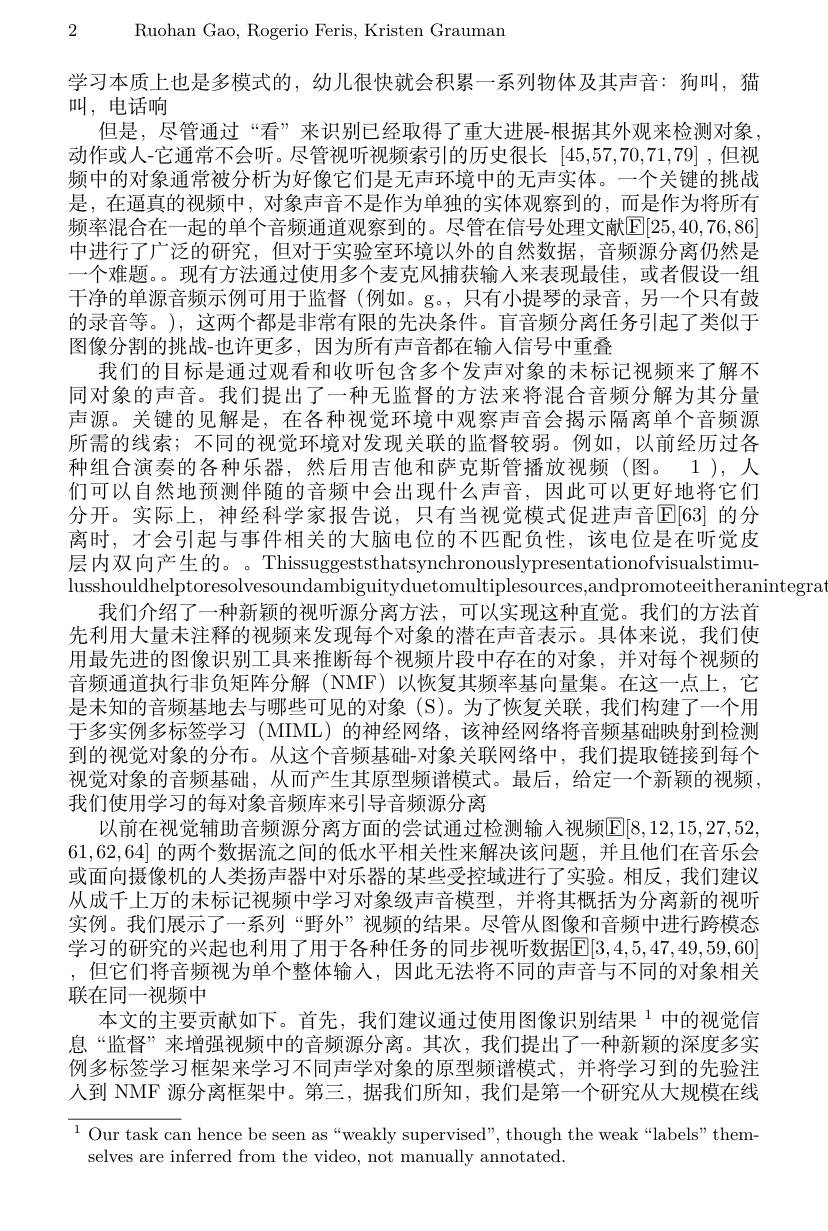
2 Ruohan Gao, Rogerio Feris, Kristen Grauman

学习本质上也是多模式的，幼儿很快就会积累一系列物体及其声音：狗叫，猫
叫，电话响
但是，尽管通过“看”来识别已经取得了重大进展-根据其外观来检测对象， 动作或人-它通常不会听。尽管视听视频索引的历史很长 [45,57,70,71,79] ,但视频中的对象通常被分析为好像它们是无声环境中的无声实体。一个关键的挑战是，在通真的视频中，对象声音不是作为单独的实体观察到的，而是作为将所有频率混合在一起的单个音频通道观察到的。尽管在信号处理文献[E[25,40,76,86]] 中进行了广泛的研究，但对于实验室环境以外的自然数据，音频源分离仍然是一个难题。现有方法通过使用多个麦克风捕获输入来表现最佳，或者假设一组干净的单源音频示例可用于监督(例如。g。,只有小提琴的录音，另一个只有鼓的录音等。), 这两个都是非常有限的先决条件。盲音频分离任务引起了类似于图像分割的挑战-也许更多，因为所有声音都在输人信号中重叠
我们的目标是通过观看和收听包含多个发声对象的未标记视频来了解不同对象的声音。我们提出了一种无监督的方法来将混合音频分解为其分量声源。关键的见解是，在各种视觉环境中观察声音会揭示隔离单个音频源所需的线索；不同的视觉环境对发现关联的监督较弱。例如，以前经历过各种组合演奏的各种乐器，然后用吉他和萨克斯管播放视频(图。1),人们可以自然地预测伴随的音频中会出现什么声音，因此可以更好地将它们分开。实际上，神经科学家报告说，只有当视觉模式促进声音[E[63] 的分离时，才会引起与事件相关的大脑电位的不匹配负性，该电位是在听觉皮层内双向产生的。。Thissuggeststhatsynchronouslypresentationofvisualstimulusshouldhelptoresolvesoundambiguityduetomultiplesources,andpromoteeitheranintegra
我们介绍了一种新颖的视听源分离方法，可以实现这种直觉。我们的方法首先利用大量未注释的视频来发现每个对象的潜在声音表示。具体来说，我们使用最先进的图像识别工具来推断每个视频片段中存在的对象，并对每个视频的音频通道执行非负矩阵分解(NMF)以恢复其频率基向量集。在这一点上，它是未知的音频基地去与哪些可见的对象(S)。为了恢复关联，我们构建了一个用于多实例多标签学习 (MIML)的神经网络，该神经网络将音频基础映射到检测到的视觉对象的分布。从这个音频基础-对象关联网络中，我们提取链接到每个视觉对象的音频基础，从而产生其原型频谱模式。最后，给定一个新颖的视频， 我们使用学习的每对象音频库来引导音频源分离
以前在视觉辅助音频源分离方面的尝试通过检测输人视频$\overline{\mathbb{E}}[8,12,15,27,52$, 61,62,64]的两个数据流之间的低水平相关性来解决该问题，并且他们在音乐会或面向摄像机的人类扬声器中对乐器的某些受控域进行了实验。相反，我们建议从成千上万的未标记视频中学习对象级声音模型，并将其概括为分离新的视听实例。我们展示了一系列“野外”视频的结果。尽管从图像和音频中进行跨模态学习的研究的兴起也利用了用于各种任务的同步视听数据$\color{red}{\mathrm{E}}[3,4,5,47,49,59,60]$ ,但它们将音频视为单个整体输入，因此无法将不同的声音与不同的对象相关联在同一视频中
本文的主要贡献如下。首先，我们建议通过使用图像识别结果$^{1}$中的视觉信息“监督”来增强视频中的音频源分离。其次，我们提出了一种新颖的深度多实例多标签学习框架来学习不同声学对象的原型频谱模式，并将学习到的先验注人到 NMF 源分离框架中。第三，据我们所知，我们是第一个研究从大规模在线$\overline{{^{1}\text{Our task ca}}}$n hence be seen as“weakly supervised”, though the weak“labels”them-

selves are inferred from the video, not manually annotated